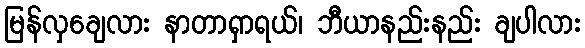
မြန်လှချေလား နာတာရှာရယ်၊ ဘီယာနည်းနည်း ချပါလား